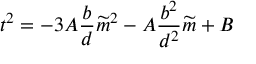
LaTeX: t ^ { 2 } = - 3 A \frac { b } { d } \widetilde { m } ^ { 2 } - A \frac { b ^ { 2 } } { d ^ { 2 } } \widetilde { m } + B